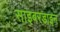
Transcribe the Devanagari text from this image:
साइबरडाइन